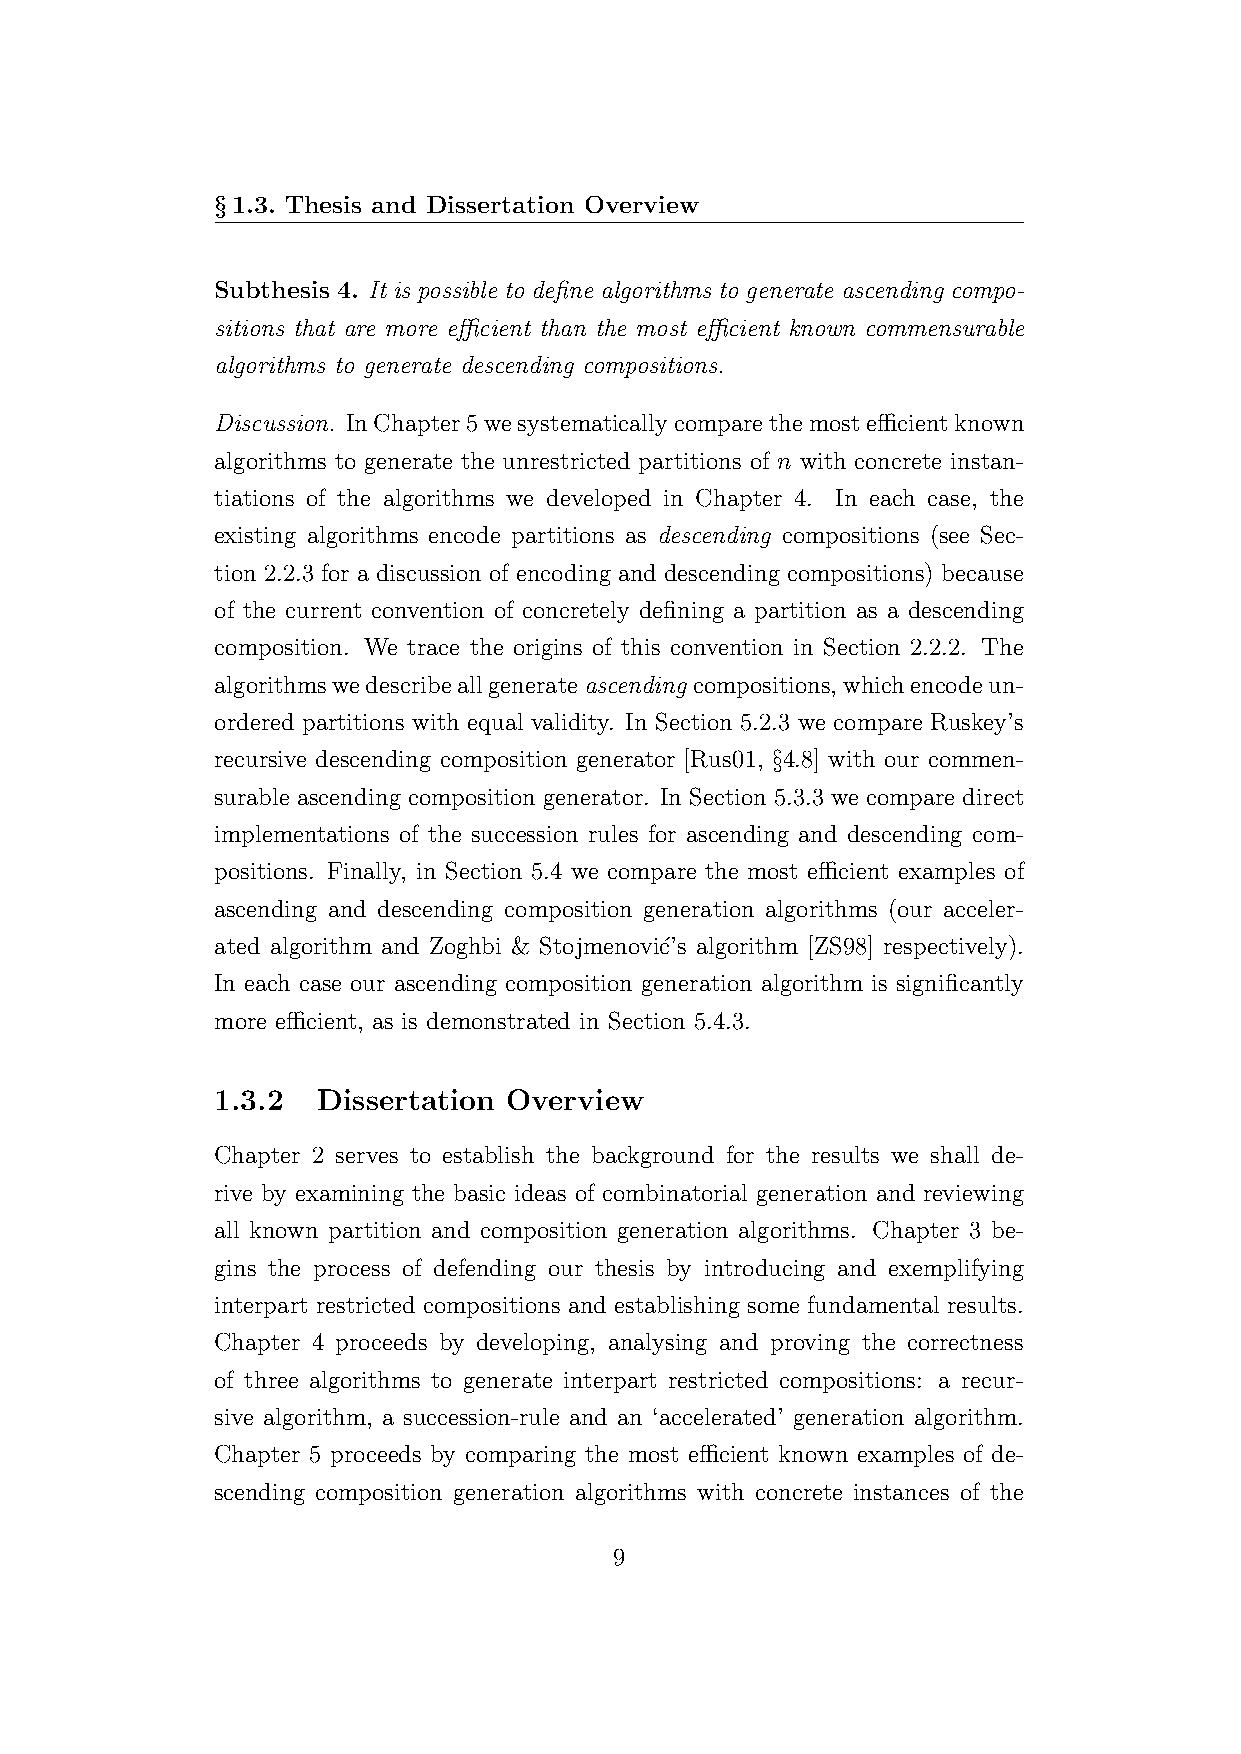
§1.3. Thesis and Dissertation Overview
 Subthesis 4. It is possible to define algorithms to generate ascending compo-
 sitions that are more efficient than the most efficient known commensurable
 algorithms to generate descending compositions.
 Discussion. InChapter5wesystematicallycomparethemostefficientknown
 algorithms to generate the unrestricted partitions of n with concrete instan-
 tiations of the algorithms we developed in Chapter 4. In each case, the
 existing algorithms encode partitions as descending compositions (see Sec-
 tion 2.2.3 for a discussion of encoding and descending compositions) because
 of the current convention of concretely defining a partition as a descending
 composition. We trace the origins of this convention in Section 2.2.2. The
 algorithmswedescribeallgenerateascending compositions,whichencodeun-
 ordered partitions with equal validity. In Section 5.2.3 we compare Ruskey’s
 recursive descending composition generator [Rus01, §4.8] with our commen-
 surable ascending composition generator. In Section 5.3.3 we compare direct
 implementations of the succession rules for ascending and descending com-
 positions. Finally, in Section 5.4 we compare the most efficient examples of
 ascending and descending composition generation algorithms (our acceler-
 ated algorithm and Zoghbi & Stojmenovi´c’s algorithm [ZS98] respectively).
 In each case our ascending composition generation algorithm is significantly
 more efficient, as is demonstrated in Section 5.4.3.
 1.3.2  Dissertation Overview
 Chapter 2 serves to establish the background for the results we shall de-
 rive by examining the basic ideas of combinatorial generation and reviewing
 all known partition and composition generation algorithms. Chapter 3 be-
 gins the process of defending our thesis by introducing and exemplifying
 interpart restricted compositions and establishing some fundamental results.
 Chapter 4 proceeds by developing, analysing and proving the correctness
 of three algorithms to generate interpart restricted compositions: a recur-
 sive algorithm, a succession-rule and an ‘accelerated’ generation algorithm.
 Chapter 5 proceeds by comparing the most efficient known examples of de-
 scending composition generation algorithms with concrete instances of the
 9